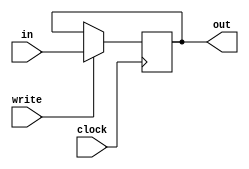
module IR(in ,out, write, clock);

	/***************************************************************************
	* Registrador de instrucoes. Responsavel por guardar a instrucao atual no
	* interior do processador. 
	***************************************************************************/

	input [9:0] in;
	input write, clock;
	output reg [9:0] out;

	always @(posedge clock) begin
		if (write) begin
			out = in;
		end
	end
endmodule